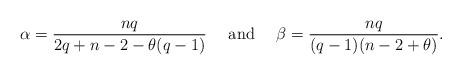
LaTeX: \begin{align*}\alpha = \frac{nq}{2q+n-2-\theta(q-1)} \quad\mbox{ and }\quad\beta = \frac{nq}{(q-1)(n-2+\theta)}.\end{align*}